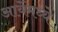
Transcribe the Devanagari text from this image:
आर्येमध्ये